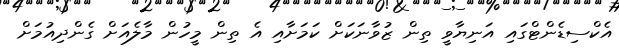
އެކްސިޑެންޓްގައި އަނިޔާވީ ތިން ޒުވާނަކަށް ކަމަށާއި އެ ތިން މީހުން މާލެއަށް ގެންދިއުމަށް